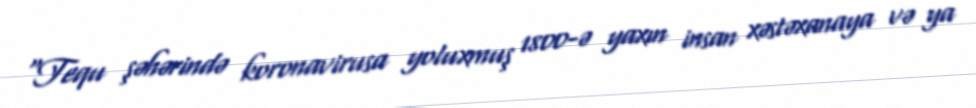
“Tequ şəhərində koronavirusa yoluxmuş 1800-ə yaxın insan xəstəxanaya və ya